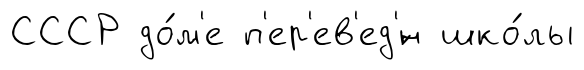
СССР до́м'е п'ер'ев'ед'́н шко́лы